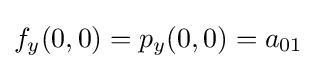
f_{y}(0,0)=p_{y}(0,0)=a_{01}